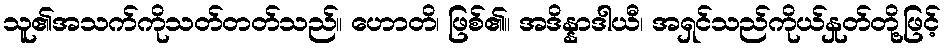
သူ၏အသက်ကိုသတ်တတ်သည်။ ဟောတိ၊ ဖြစ်၏။ အဒိန္နာဒါယီ၊ အရှင်သည်ကိုယ်နှုတ်တို့ဖြင့်